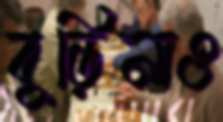
বুড়িনাও